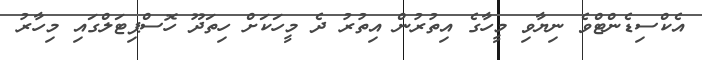
އެކްސިޑެންޓްވެ ނިޔާވި މީހާގެ އިތުރުން އިތުރު ދެ މީހަކަށް ހިތަދޫ ހޮސްޕިޓަލްގައި މިހާރު